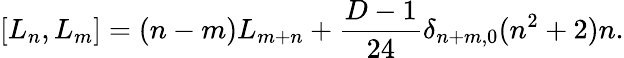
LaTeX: \lbrack L_{n},L_{m}\rbrack=(n-m)L_{m+n}+\frac{D-1}{24}\delta_{n+m,0}(n^{2}+2)n.